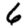
Digit: 6